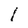
Character: I